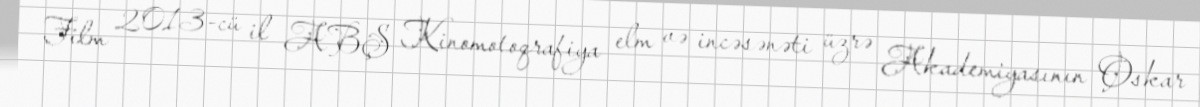
Film 2013-cü il ABŞ Kinomotoqrafiya elm və incəsənəti üzrə Akademiyasının Oskar